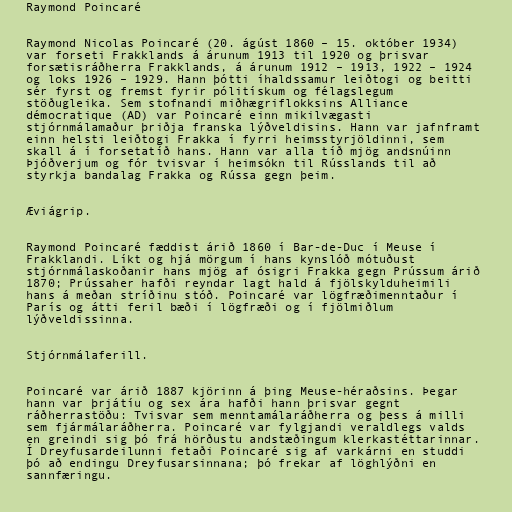
Raymond Poincaré

Raymond Nicolas Poincaré (20. ágúst 1860 – 15. október 1934)
var forseti Frakklands á árunum 1913 til 1920 og þrisvar
forsætisráðherra Frakklands, á árunum 1912 – 1913, 1922 – 1924
og loks 1926 – 1929. Hann þótti íhaldssamur leiðtogi og beitti
sér fyrst og fremst fyrir pólitískum og félagslegum
stöðugleika. Sem stofnandi miðhægriflokksins Alliance
démocratique (AD) var Poincaré einn mikilvægasti
stjórnmálamaður þriðja franska lýðveldisins. Hann var jafnframt
einn helsti leiðtogi Frakka í fyrri heimsstyrjöldinni, sem
skall á í forsetatíð hans. Hann var alla tíð mjög andsnúinn
Þjóðverjum og fór tvisvar í heimsókn til Rússlands til að
styrkja bandalag Frakka og Rússa gegn þeim.

Æviágrip.

Raymond Poincaré fæddist árið 1860 í Bar-de-Duc í Meuse í
Frakklandi. Líkt og hjá mörgum í hans kynslóð mótuðust
stjórnmálaskoðanir hans mjög af ósigri Frakka gegn Prússum árið
1870; Prússaher hafði reyndar lagt hald á fjölskylduheimili
hans á meðan stríðinu stóð. Poincaré var lögfræðimenntaður í
París og átti feril bæði í lögfræði og í fjölmiðlum
lýðveldissinna.

Stjórnmálaferill.

Poincaré var árið 1887 kjörinn á þing Meuse-héraðsins. Þegar
hann var þrjátíu og sex ára hafði hann þrisvar gegnt
ráðherrastöðu: Tvisvar sem menntamálaráðherra og þess á milli
sem fjármálaráðherra. Poincaré var fylgjandi veraldlegs valds
en greindi sig þó frá hörðustu andstæðingum klerkastéttarinnar.
Í Dreyfusardeilunni fetaði Poincaré sig af varkárni en studdi
þó að endingu Dreyfusarsinnana; þó frekar af löghlýðni en
sannfæringu.